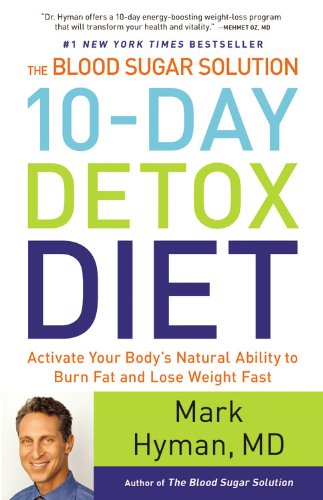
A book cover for The Blood Sugar Solution 10-Day Detox Diet: Activate Your Body's Natural Ability to Burn Fat and Lose Weight Fast; Mark Hyman; Health, Fitness & Dieting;